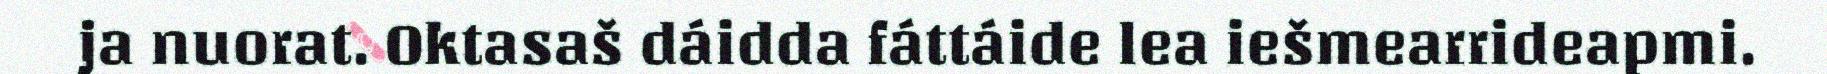
ja nuorat. Oktasaš dáidda fáttáide lea iešmearrideapmi.